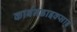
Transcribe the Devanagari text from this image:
कार्बनडाइक्साइ